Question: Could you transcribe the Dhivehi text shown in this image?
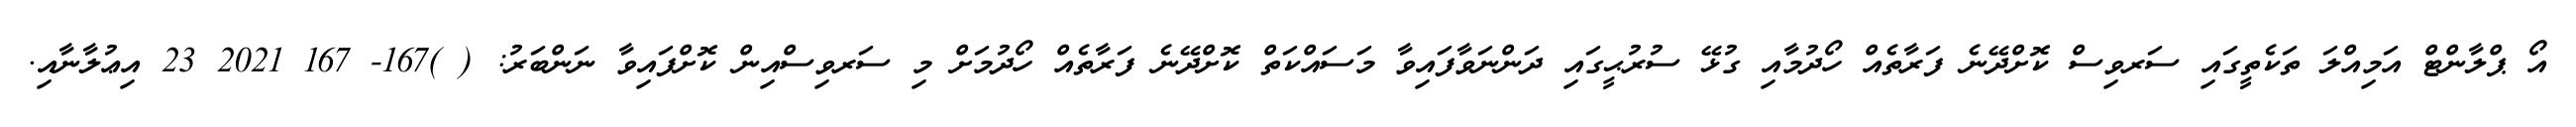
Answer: އޯ ޕްލާންޓް އަމިއްލަ ތަކެތީގައި ސަރވިސް ކޮށްދޭނެ ފަރާތެއް ހޯދުމާއި ގުޅޭ ސުރުޙީގައި ދަންނަވާފައިވާ މަސައްކަތް ކޮށްދޭނެ ފަރާތެއް ހޯދުމަށް މި ސަރވިސްއިން ކޮށްފައިވާ ނަންބަރު: ( )167- 167 2021 23 އިޢުލާނާއި.